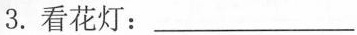
3. 看花灯：___